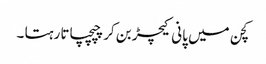
کچن میں پانی کیچڑ بن کر چپچپاتا رہتا ۔